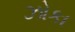
ઝોકા